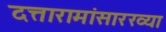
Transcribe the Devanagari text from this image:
दत्तारामांसारख्या